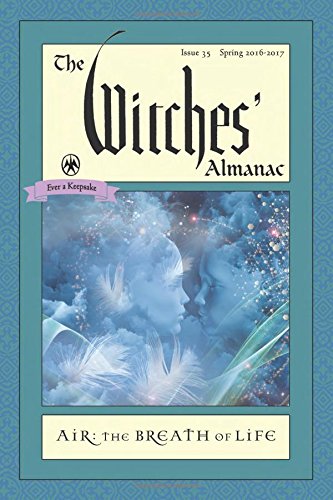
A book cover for The Witches' Almanac, Issue 35 Spring 2016 - Spring 2017: Air: The Breath of Life; Reference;